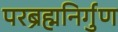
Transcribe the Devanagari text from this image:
परब्रह्मनिर्गुण